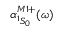
\alpha _ { ^ 1 S _ { 0 } } ^ { M 1 + } ( \omega )